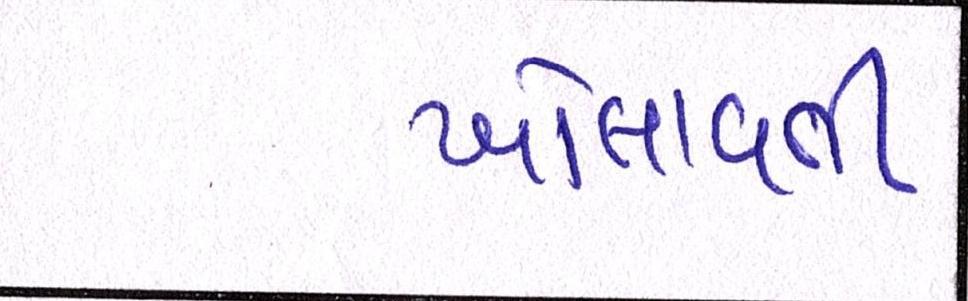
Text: ખોલાવતી